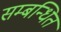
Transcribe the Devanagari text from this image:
सम्‍बन्‍धित